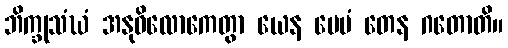
ဘိက္ခုသံဃံ အနုဝိလောကေတွာ ယေန ပေမံ တေန ဂတောတိ။